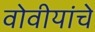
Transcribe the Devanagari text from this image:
वोवीयांचे